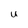
Character: U